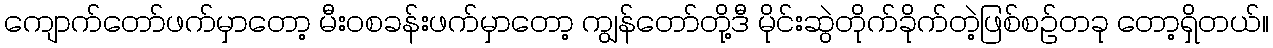
ကျောက်တော်ဖက်မှာတော့ မီးဝစခန်းဖက်မှာတော့ ကျွန်တော်တို့ဒီ မိုင်းဆွဲတိုက်ခိုက်တဲ့ဖြစ်စဉ်တခု တော့ရှိတယ်။